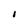
Character: I